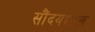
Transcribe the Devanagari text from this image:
सौंदयशास्त्र